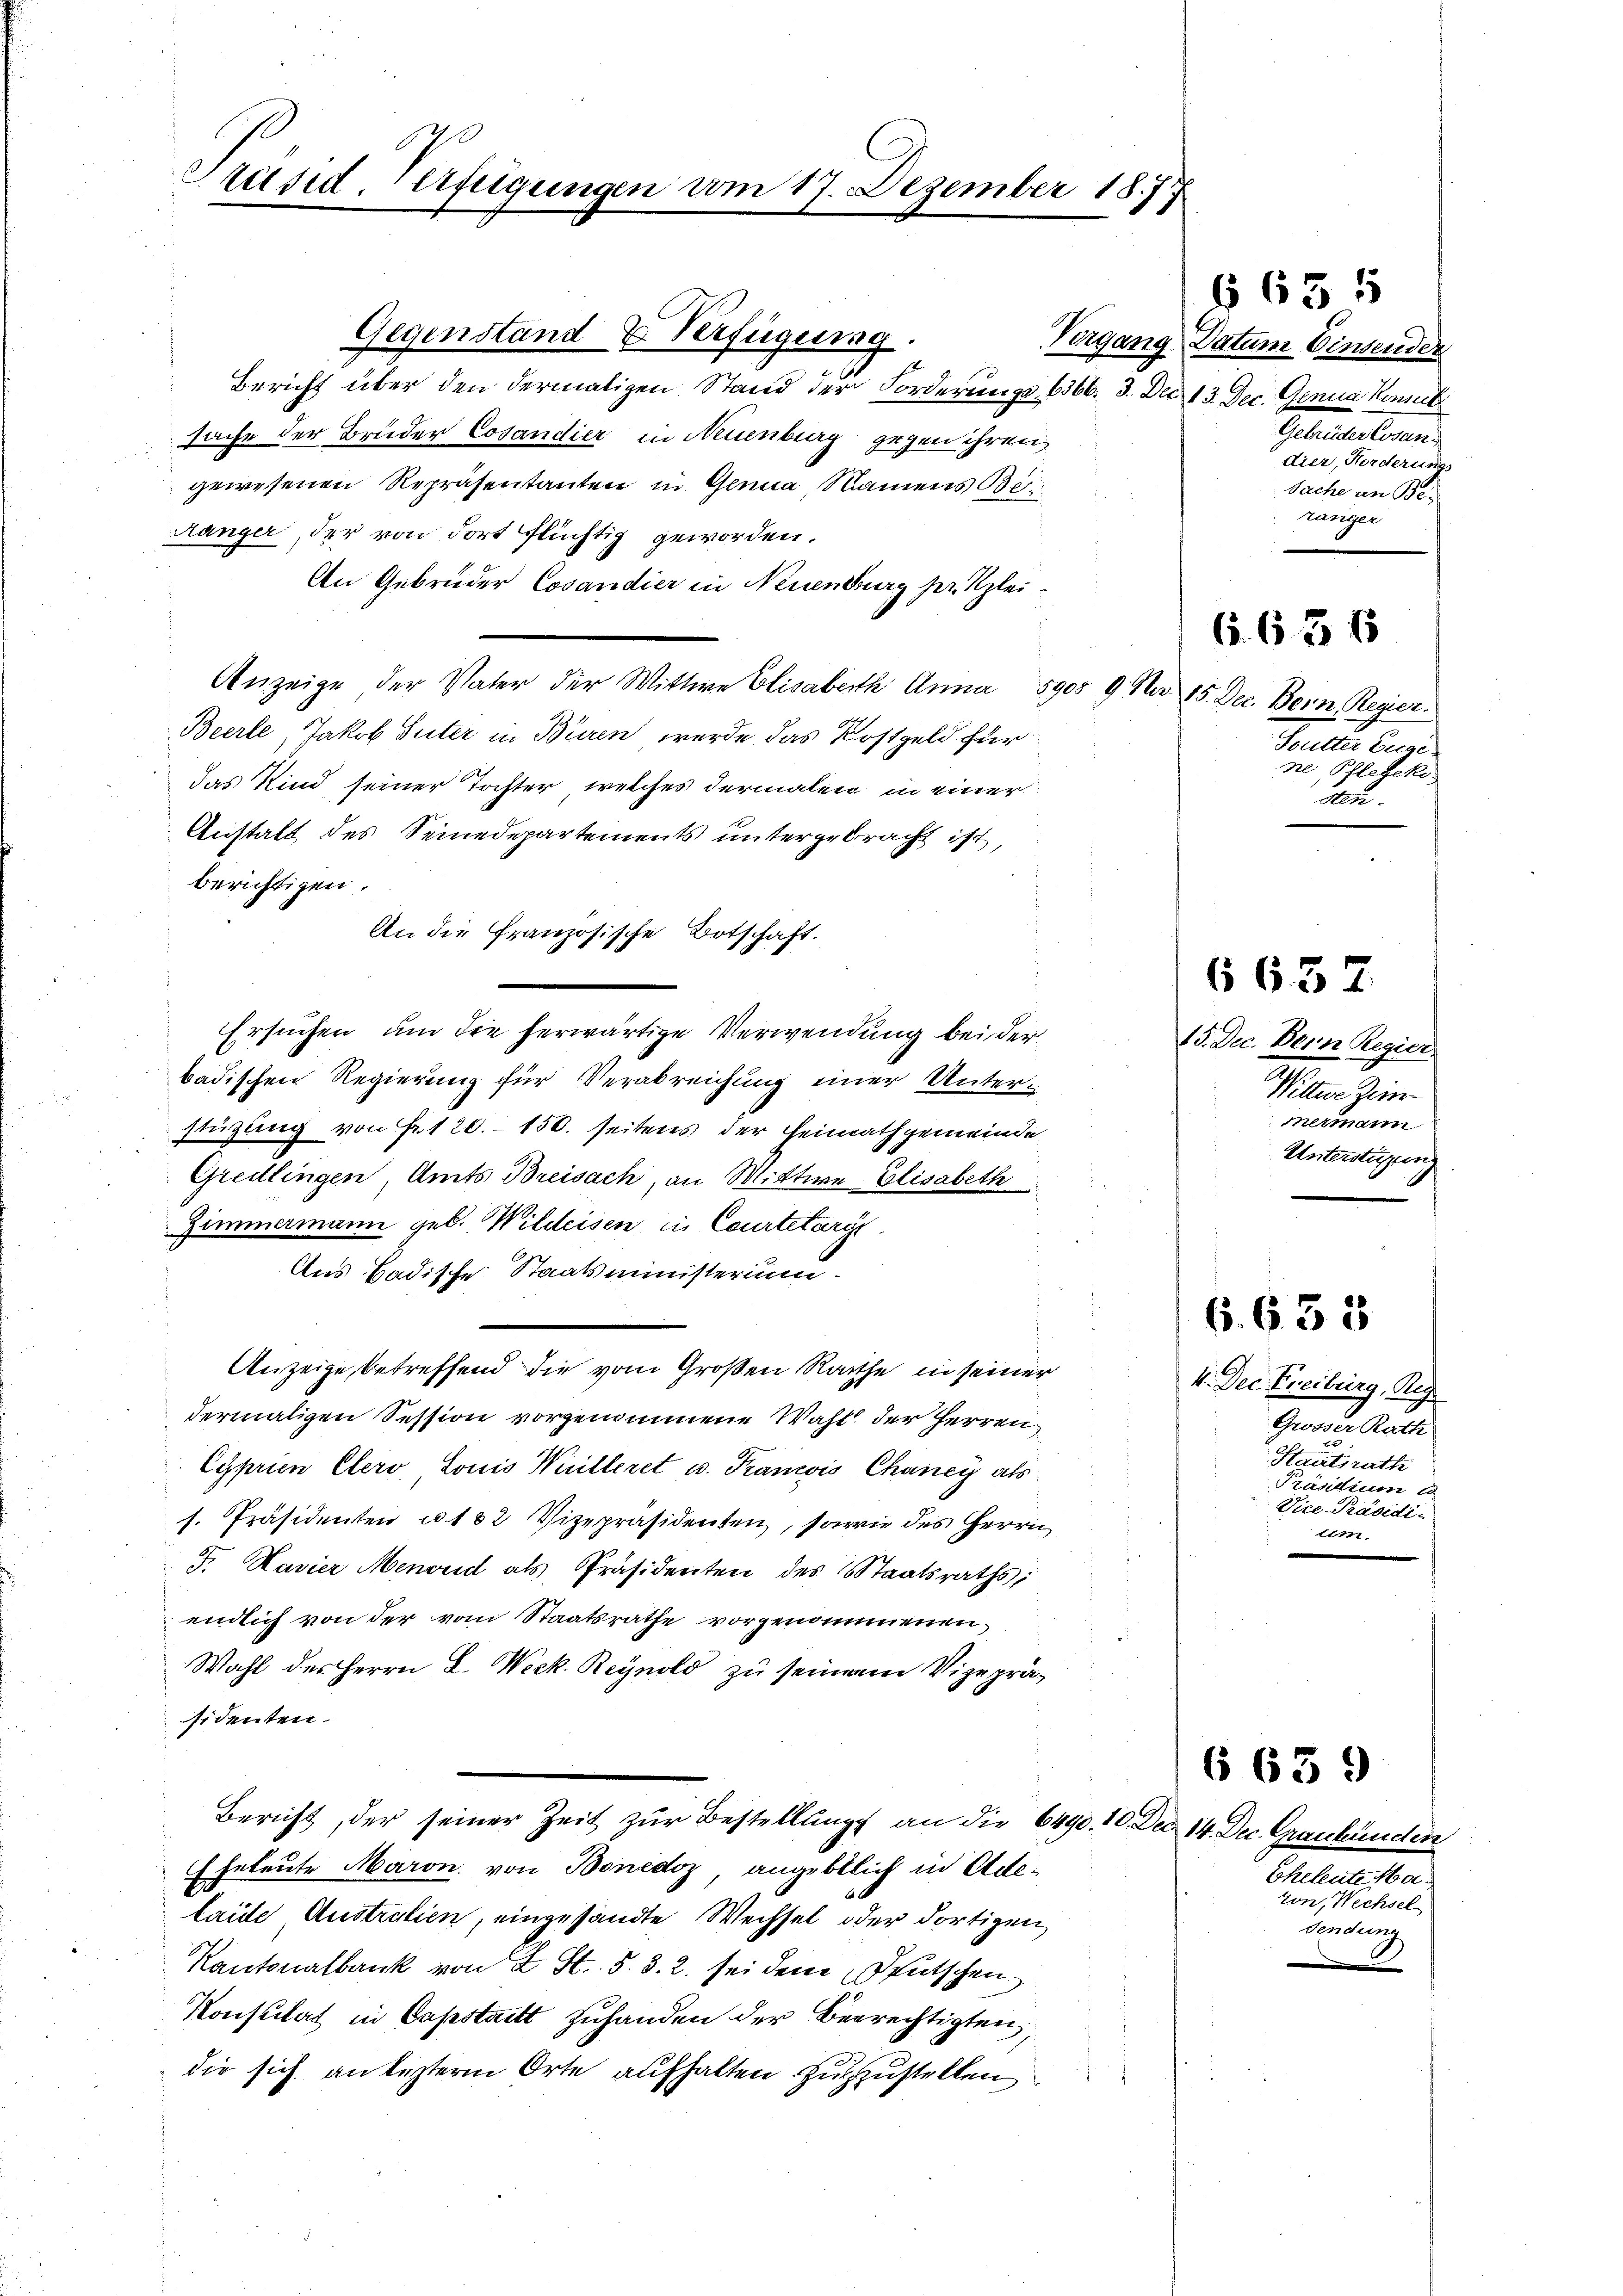
Präsid. erfügungen am 17. Dezember 18.
1

Gegenstand E. Verfügung.
Bericht über den dermaligen Stand der Forderungs 6366. 3. Dec. 13. Dec. Genua konnt
sache der Bruder Cosandier in Neuenburg gegen ihren
gewesenen Repräsentanten in Genua, Namens Bei
Hänger, der von dort flüchtig geworden.
An Gebrüder Cosandier in Neuenburg her Klei¬
Anzeige der Vater der Wittwe Elisabeth Anna 1905 9 No 15. Dec. Bern Regier
Beerle, Jakob Suter in Büren werde das Kostgeld für
das Kind seiner Tochter, welches dermalen in einer
Anstalt des Seinedepartements untergebracht ist,
berichtigen.
An die Französische Botschaft.
Ersuchen, um die herwärtige Verwendung bei der
badischen Regierung für Verabreichung einer Unterstützung von Fr. 120. 150. seitens der Heinrathgemeinde,
Gredlingen Amts Breisach, an Mittwe Elisabeth
Zimmermann geb. Wildeisen in Courtelary
Aus Badische Staatsministerium
Anzeige betreffend die vom Großen Rathe in seiner
dermaligen Session vorgenommene Wahl der Herren
Cyprien Clero, Louis Willeret u. Franzis Chancy als
s. Präsidenten u. 182 Vizepräsidenten, sowie des Herrn
F. Navier Menord als Präsidenten des Staatsraths,
endlich von der vom Staatsrathe vorgenommenen
Wahl des Herrn L. Weck. Reynold zu seinem Vizepräsidenten.
Bericht, der seiner Zeit zur Bestellung an die 6490. 10. Der 14. Dec. Graubünder
 Erleute Maron von Bonedoz, angebtlich in Ade¬
I
laide Austratien, eingesandte Wechsel oder dortigen
Kantonalbank von 2 St. 5. d. 2. sei dem Deutschen
Konsulat in Capstatt zuhanden der Beerechtigten,
die sich an besterm Orte aufhalten zuzustellen

Vorgang Datum Einsender
Gebrüder Cosan
dier, Norderung
Sache an Bezänger

§ 635

Butter Euge
ne Pflegeki
sten.

6. 65 f

15. Dec. Denn Regier
Wittwe Zein
mermann
Unterstüzung

6637.

6. 635

4. Dec. Freiburg, Reg
Grosser Rath
Staatsrathe
Präsidium e
Vice-Präsidi
tem

Eheleute Mavon, Wechsel
dendung

6659

s